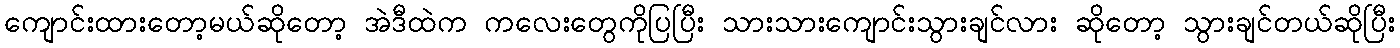
ကျောင်းထားတော့မယ်ဆိုတော့ အဲဒီထဲက ကလေးတွေကိုပြပြီး သားသားကျောင်းသွားချင်လား ဆိုတော့ သွားချင်တယ်ဆိုပြီး